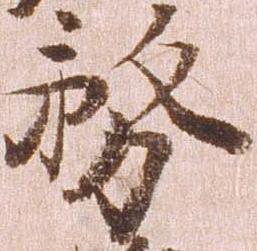
務